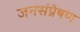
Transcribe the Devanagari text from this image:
जनसंप्रेषण